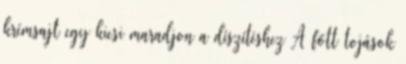
krémsajt egy kicsi maradjon a díszítéshez A főtt tojások